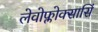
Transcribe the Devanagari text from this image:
लेवोफ्लोक्सासिं